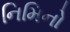
નિમિનો